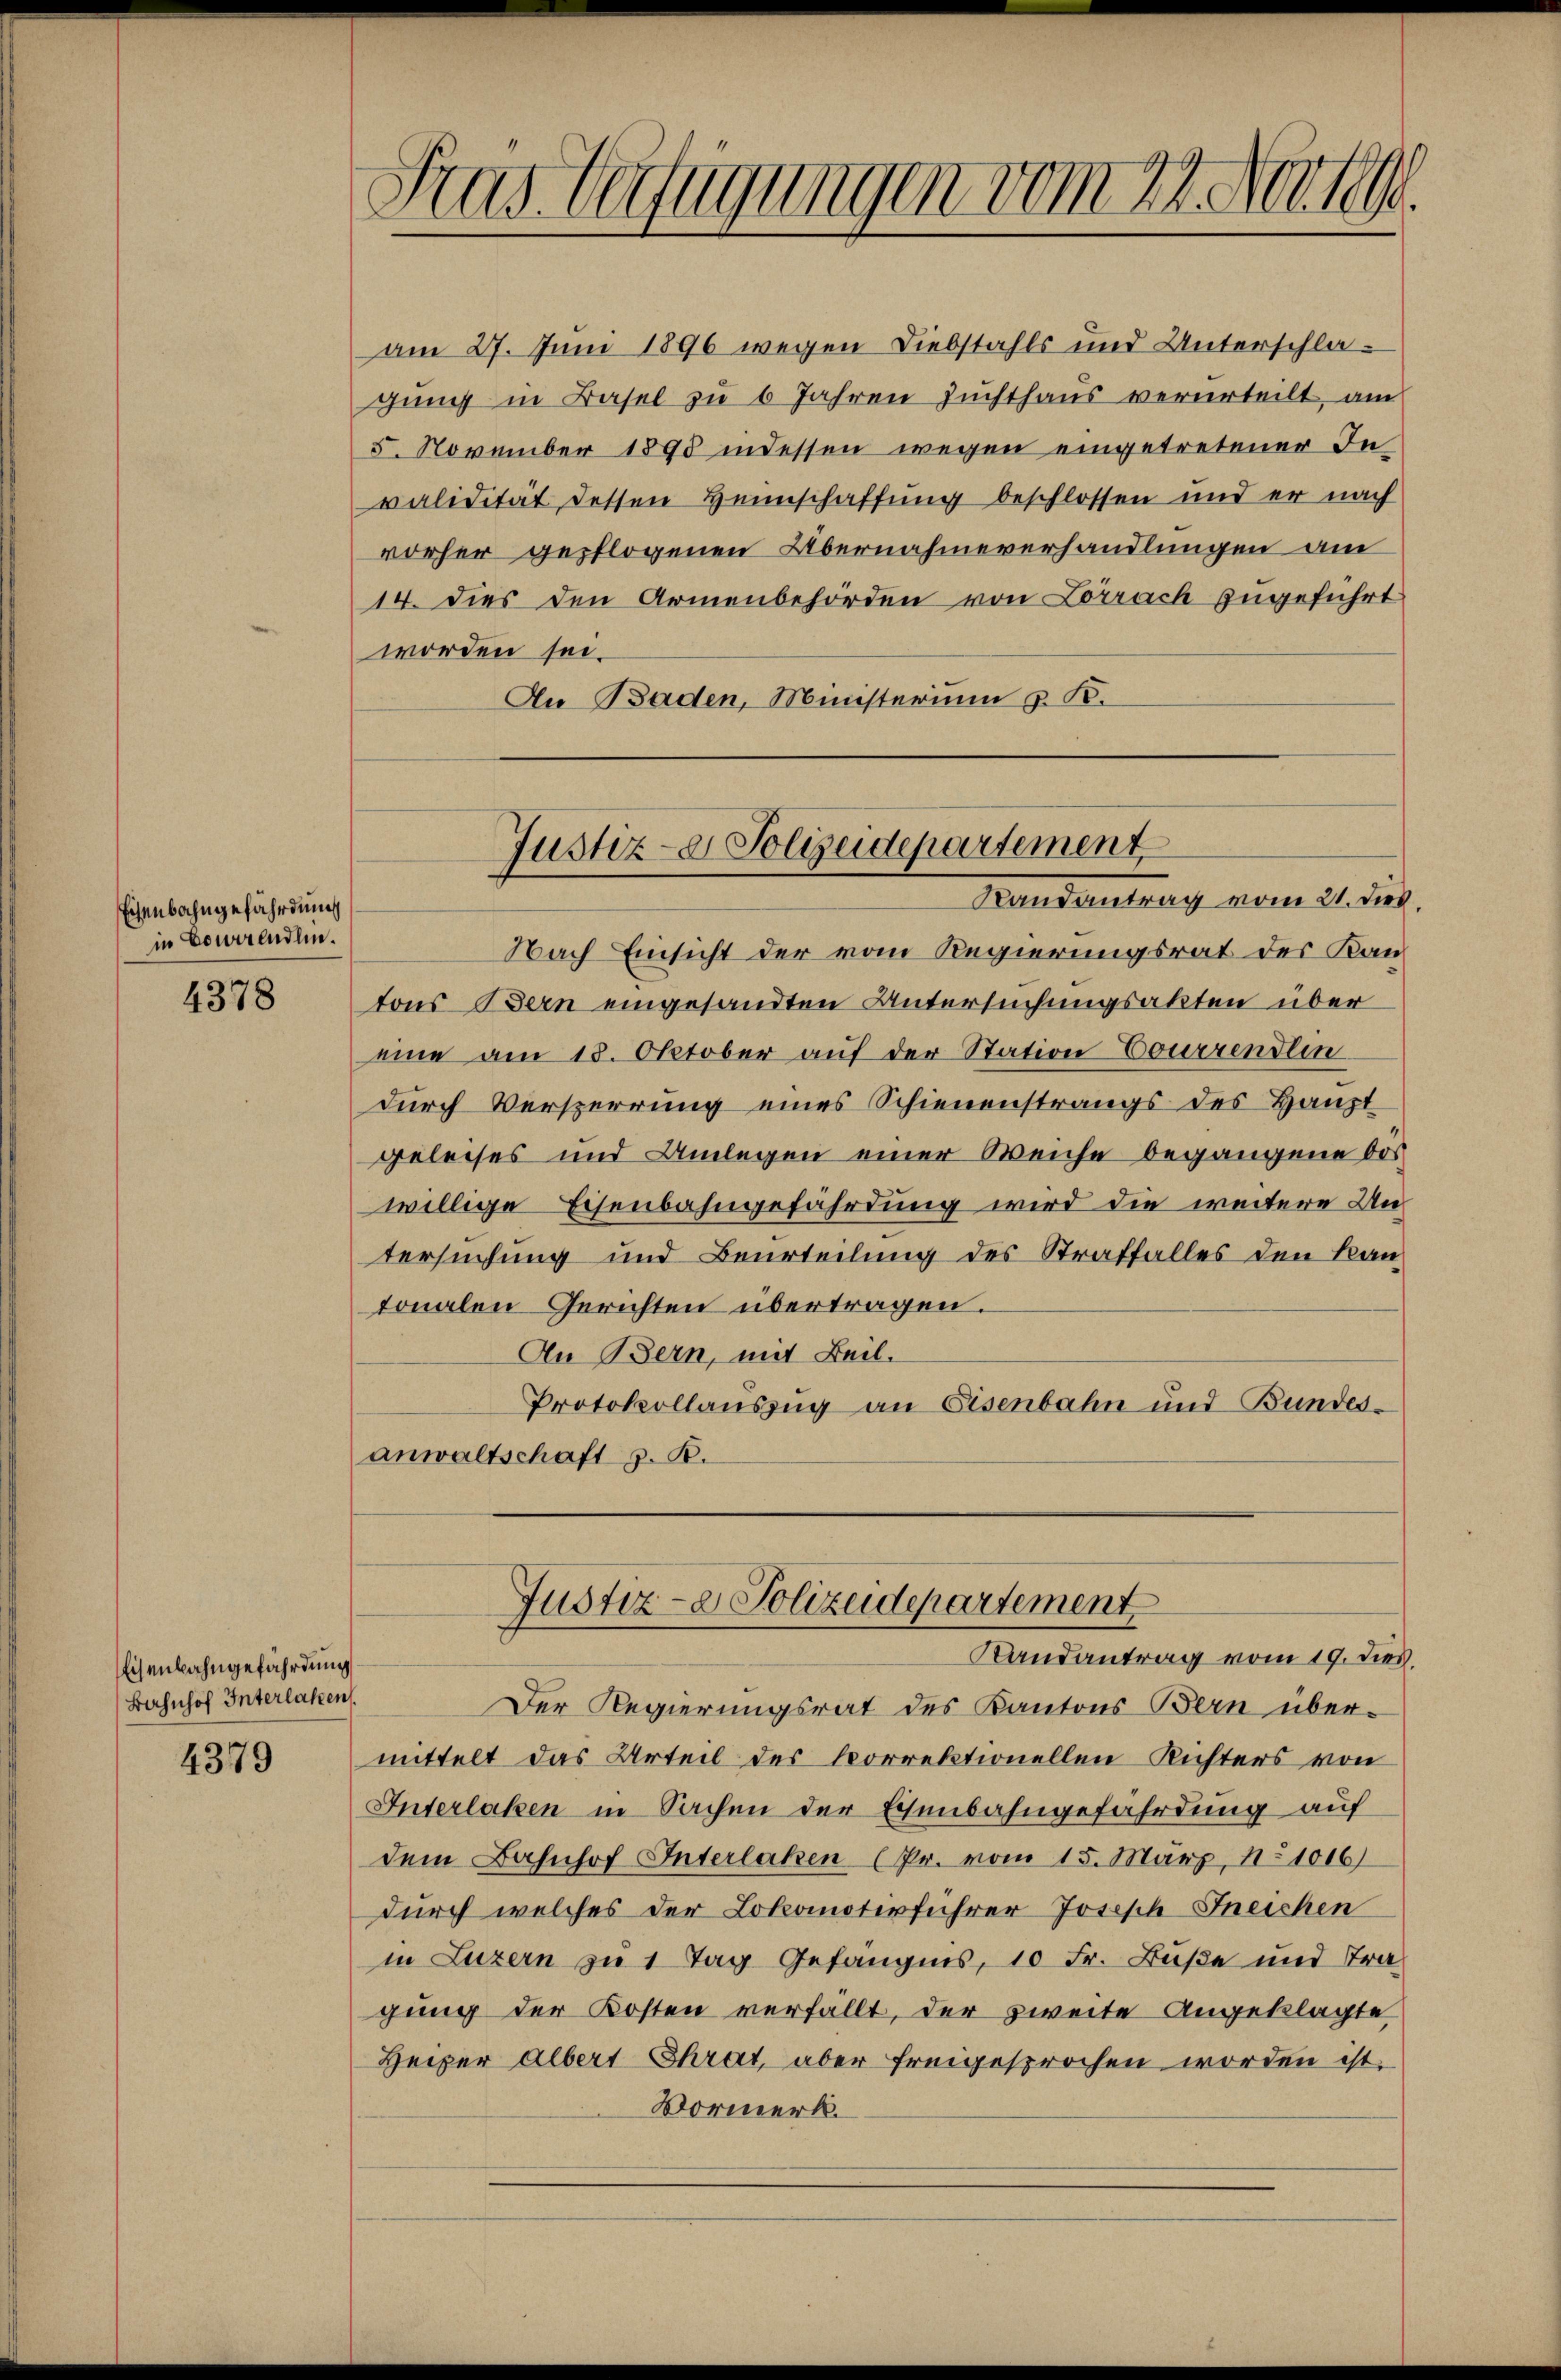
Eisenbahngefährdung
in Courrendlin.

4378

Eisenbahngefährdung
Bahnhof Interlaken.

4379

am 27. Juni 1896 wegen Diebstahls und Unterschlagung in Basel zu 6 Jahren Zuchthaus verurteilt, am
5. November 1898 indessen wegen eingetretener In
validität dessen Heimschaffung beschlossen und er nach
vorher gepflogenen Übernahmeverhandlungen am
14. dies den Armenbehörden von Lörrach zugeführt
worden sei.
An Baden, Ministerium u. K.

Sras Verfügungen vom 22. Nov 189

Nach Einsicht der vom Regierungsrat des Kantons Bern eingesandten Untersuchungsakten über
eine am 18. Oktober auf der Station Courrendlin
durch Versperrung eines Schienenstrangs des Haupt
geleises und Umlegen einer Weiche begangene dos
willige Eisenbahngefährdung wird die weitere Untersuchung und Beurteilung des Straffalles den Kan-
tonalen Gerichten übertragen.
An Bern, mit Beil.
Protokollauszug an Eisenbahn und Bundesanwaltschaft z. B.

Justiz- & Polizeidepartement
Baudertrag vom 21. dies

Justiz- & Polizeidepartement
Randantrag vom 19. dies

Der Regierungsrat des Kantons Bern über-
mittelt das Urteil des korrektionellen Richters von
Interlaken in Sachen der Eisenbahngefährdung auf
dem Bahnhof Interlaken (Pr. vom 15. März, No 1016)
durch welches der Lokomotivführer Joseph-Ineichen
in Luzern zu 1 Tag Gefängnis, 10 Fr. Buße und Tragung der Kosten verfällt, der zweite Angeklagte
Heiper Albert Chrat, aber freigesprochen worden ist.
Vormerk.